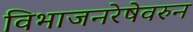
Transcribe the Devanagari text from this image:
विभाजनरेषेवरुन